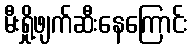
မီးရှို့ဖျက်ဆီးနေကြောင်း